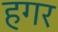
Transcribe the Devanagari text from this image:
हगर